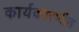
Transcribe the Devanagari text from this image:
कार्यकारणीत